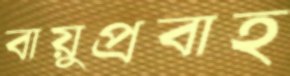
বায়ুপ্রবাহ